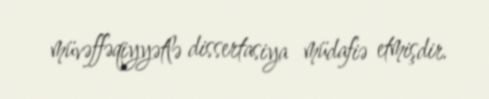
müvəffəqiyyətlə dissertasiya müdafiə etmişdir.